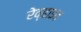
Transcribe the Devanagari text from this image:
रेव्हाइव